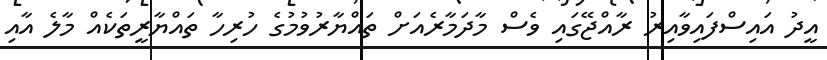
އީދު އައިސްފައިވާއިރު ރާއްޖޭގައި ވެސް މާދަމާރެއަށް ތައްޔާރުވުމުގެ ހުރިހާ ތައްޔާރީތަކެއް މާލެ އާއި